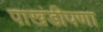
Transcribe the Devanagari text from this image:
पाखंडीपणा